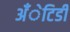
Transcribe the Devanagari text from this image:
अँेटिडी